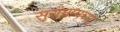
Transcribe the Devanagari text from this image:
सुरांमागच्या